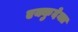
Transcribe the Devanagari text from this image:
एक्कुदेक्त